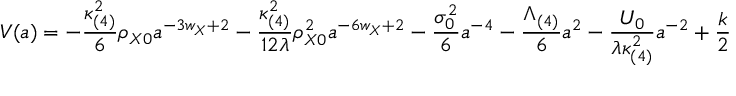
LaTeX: V ( a ) = - \frac { \kappa _ { ( 4 ) } ^ { 2 } } { 6 } \rho _ { X 0 } a ^ { - 3 w _ { X } + 2 } - \frac { \kappa _ { ( 4 ) } ^ { 2 } } { 1 2 \lambda } \rho _ { X 0 } ^ { 2 } a ^ { - 6 w _ { X } + 2 } - \frac { \sigma _ { 0 } ^ { 2 } } { 6 } a ^ { - 4 } - \frac { \Lambda _ { ( 4 ) } } { 6 } a ^ { 2 } - \frac { { \cal U } _ { 0 } } { \lambda \kappa _ { ( 4 ) } ^ { 2 } } a ^ { - 2 } + \frac { k } { 2 }